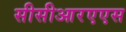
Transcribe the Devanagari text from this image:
सीसीआरएएस